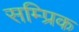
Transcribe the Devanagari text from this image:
सम्प्रिक